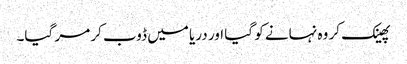
پھینک کر وہ نہانے کو گیا اور دریا میں ڈوب کر مر گیا۔